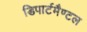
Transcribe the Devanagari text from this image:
डिपार्टमैण्टल